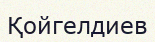
Қойгелдиев